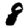
Digit: 8